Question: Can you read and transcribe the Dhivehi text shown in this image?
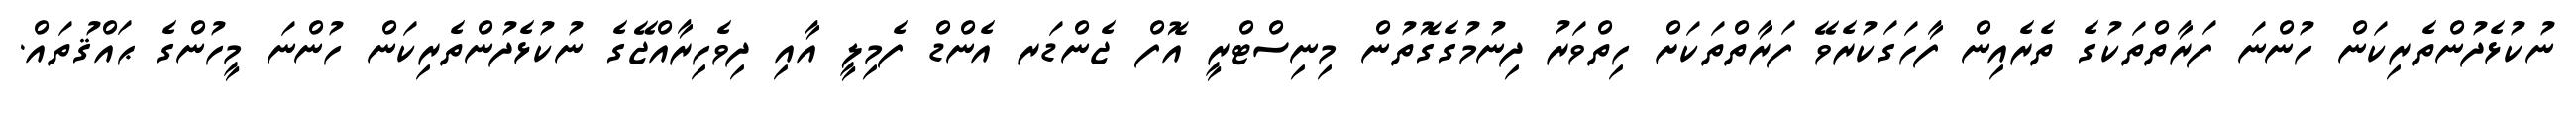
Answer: ނުކުޅެދުންތެރިކަން ހުންނަ ފަރާތްތަކުގެ ތެރެއިން ފާހަގަކުރެވޭ ފަރާތްތަކަށް ހިތްވަރު ދިނުމުގެގޮތުން މިނިސްޓްރީ އޮފް ޖެންޑަރ އެންޑް ފެމިލީ އާއި ދިވެހިރާއްޖޭގެ ނުކުޅެދުންތެރިކަން ހުންނަ މީހުންގެ ޙައްޤުތައް.